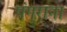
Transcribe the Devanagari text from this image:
पंगुराना